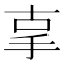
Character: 𢪿